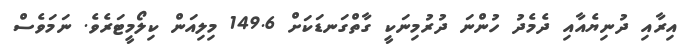
އިރާއި ދުނިޔެއާއި ދެމެދު ހުންނަ ދުރުމިނަކީ ގާތްގަނޑަކަށް 149.6 މިލިއަން ކިލޯމީޓަރެވެ. ނަމަވެސް